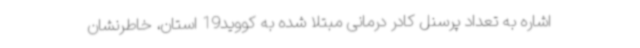
اشاره به تعداد پرسنل کادر درمانی مبتلا شده به کووید19 استان، خاطرنشان